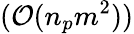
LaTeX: (\mathcal{O}(n_{p}m^{2}))